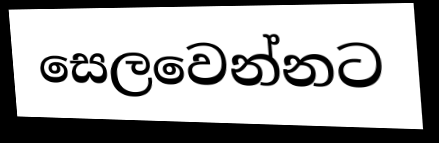
සෙලවෙන්නට